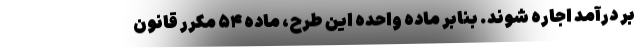
بر درآمد اجاره شوند. بنابر ماده واحده این طرح، ماده ۵۴ مکرر قانون